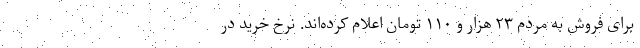
برای فروش به مردم ۲۳ هزار و ۱۱۰ تومان اعلام کرده‌اند. نرخ خرید در